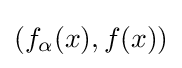
(f_{\alpha }(x),f(x))